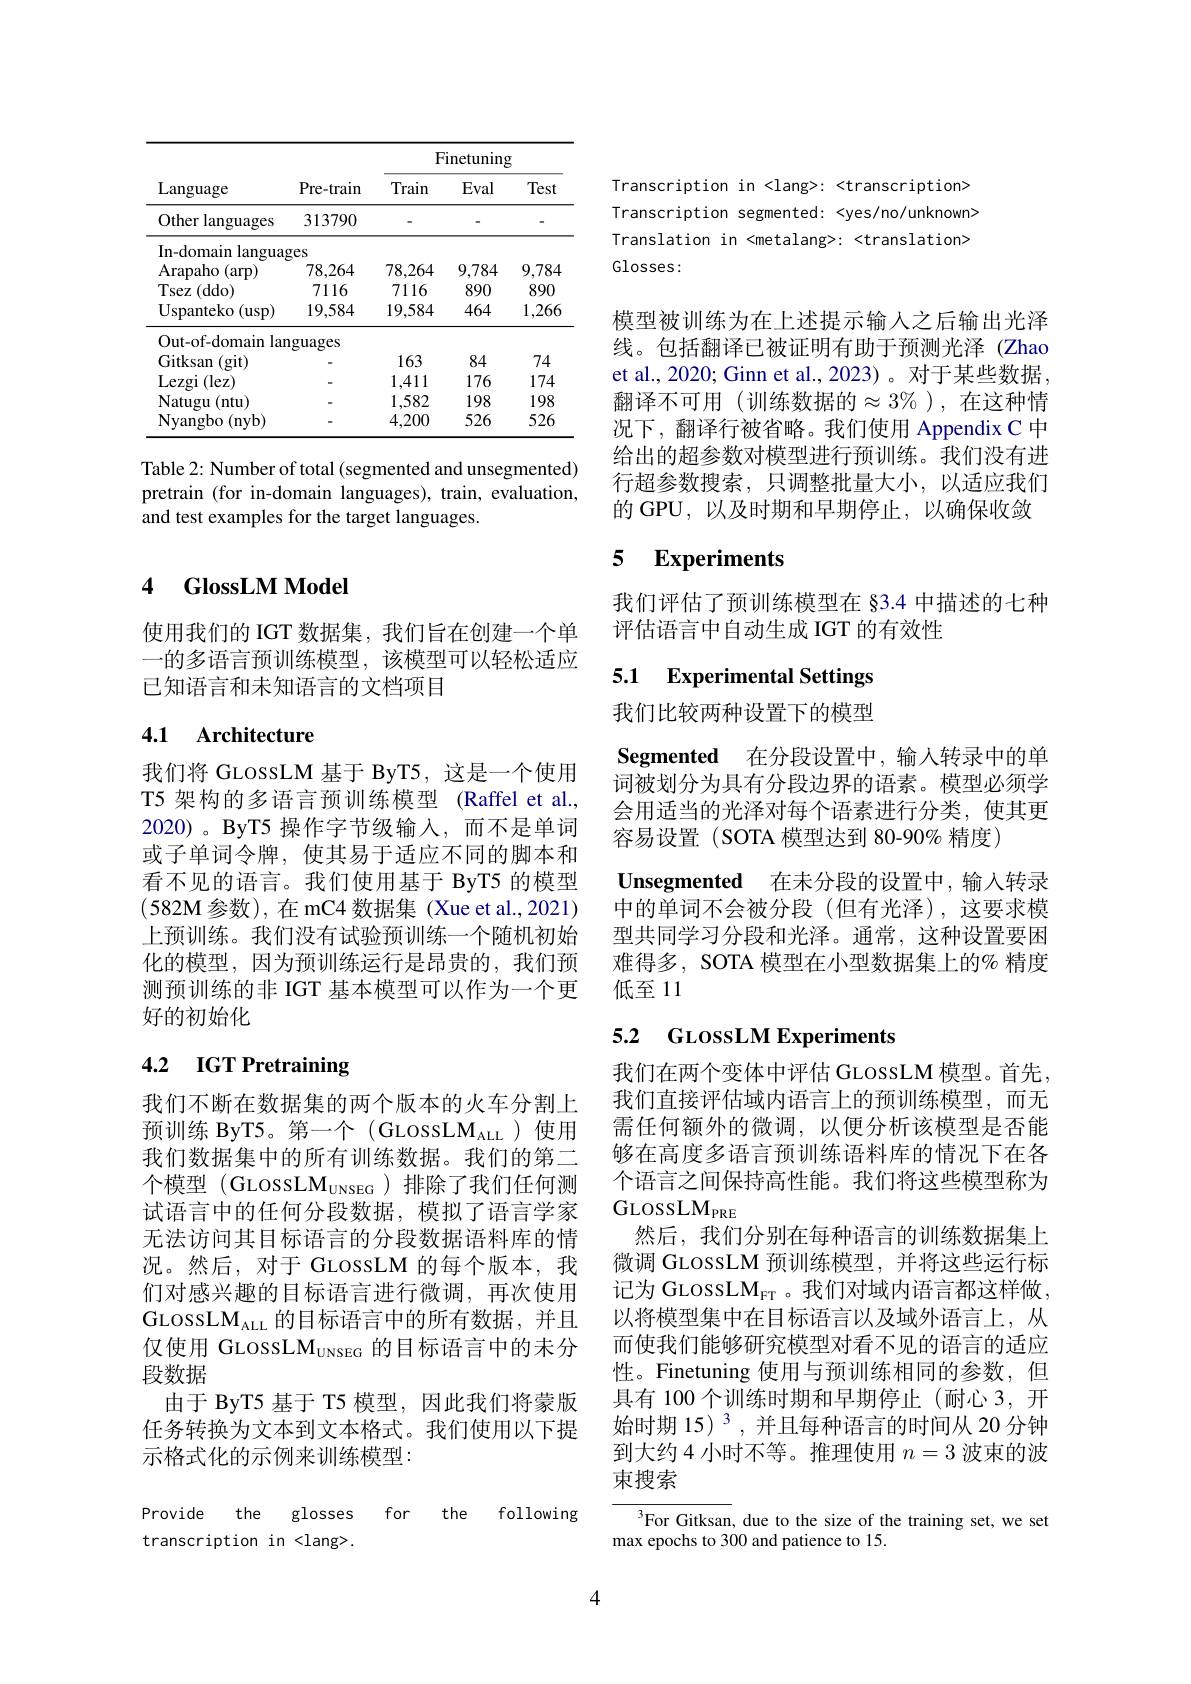
<table>
	<tbody>
		<tr>
			<th rowspan="2">Language</th>
			<th rowspan="2">Pre- train</th>
			<th colspan="3">Finetuning</th>
		</tr>
		<tr>
			<th>Train</th>
			<th>Eval</th>
			<th>Test</th>
		</tr>
		<tr>
			<td>Other languages</td>
			<td>313790</td>
			<td> </td>
			<td> </td>
			<td>-</td>
		</tr>
		<tr>
			<td>In- domain langua</td>
			<td>ges</td>
			<td> </td>
			<td> </td>
			<td> </td>
		</tr>
		<tr>
			<td>Arapaho (arp)</td>
			<td>78,264</td>
			<td>78,264</td>
			<td>9,784</td>
			<td>9,784</td>
		</tr>
		<tr>
			<td>Tsez (ddo)</td>
			<td>7116</td>
			<td>7116</td>
			<td>890</td>
			<td>890</td>
		</tr>
		<tr>
			<td>Uspanteko ( usp) </td>
			<td>19,584</td>
			<td>19,584</td>
			<td>464</td>
			<td>1,266</td>
		</tr>
		<tr>
			<td>Out- of- domain lar</td>
			<td>$\log$uages</td>
			<td> </td>
			<td> </td>
			<td> </td>
		</tr>
		<tr>
			<td>Gitksan (git)</td>
			<td> </td>
			<td>163</td>
			<td>84</td>
			<td>74</td>
		</tr>
		<tr>
			<td>Lezgi (lez)</td>
			<td> </td>
			<td>1,411</td>
			<td>176</td>
			<td>174</td>
		</tr>
		<tr>
			<td>Natugu (ntu</td>
			<td> </td>
			<td>1,582</td>
			<td>198</td>
			<td>198</td>
		</tr>
		<tr>
			<td>Nyangbo (nyb)</td>
			<td> </td>
			<td>4,200</td>
			<td>526</td>
			<td>526</td>
		</tr>
	</tbody>
</table>

Table 2: Number of total (segmented and unsegmented) pretrain (for in-domain languages), train, evaluation, and test examples for the target languages.

### 4 $\mathbf{GlossLMModel}$

使用我们的 IGT 数据集，我们旨在创建一个单一的多语言预训练模型，该模型可以轻松适应已知语言和未知语言的文档项目

## 4.1 Architecture

我们将 GLossLM 基于 ByT5, 这是一个使用T5 架构的多语言预训练模型 (Raffel et al., 2020)。ByT5 操作字节级输入，而不是单词或子单词令牌，使其易于适应不同的脚本和看不见的语言。我们使用基于 ByT5 的模型$(582M$参数),在 mC4 数据集 (Xue et al.,2021) 上预训练。我们没有试验预训练一个随机初始化的模型，因为预训练运行是昂贵的，我们预测预训练的非 IGT 基本模型可以作为一个更好的初始化

# 4.2 IGT Pretraining

我们不断在数据集的两个版本的火车分割上预训练 ByT5。第一个(GLossLM$_\mathrm{ALL}$)使用我们数据集中的所有训练数据。我们的第二个模型 (GLossL$\mathrm M_\mathrm{UNSEG}$ )排除了我们任何测试语言中的任何分段数据，模拟了语言学家无法访问其目标语言的分段数据语料库的情况。然后，对于 GLossLM 的每个版本，我们对感兴趣的目标语言进行微调，再次使用GLossLM$_\mathrm{ALL}$的目标语言中的所有数据，并且仅使用 GLossLM$_\mathrm{UNSEG}$的目标语言中的未分段数据
由于 ByT5 基于 T5 模型，因此我们将蒙版任务转换为文本到文本格式。我们使用以下提示格式化的示例来训练模型：

Provide the glosses
for
the
following
transcription in <lang>.

4

Transcription in <lang>: <transcription> Transcription segmented: <yes/no/unknown> Translation in <metalang>: <translation> Glosses:

模型被训练为在上述提示输人之后输出光泽线。包括翻译已被证明有助于预测光泽(Zhao et al., 2020; Ginn et al., 2023)。对于某些数据， 翻译不可用(训练数据的$\approx3\%$),在这种情况下，翻译行被省略。我们使用 Appendix C 中给出的超参数对模型进行预训练。我们没有进行超参数搜索，只调整批量大小，以适应我们的 GPU,以及时期和早期停止，以确保收敛

## 5 Experiments

我们评估了预训练模型在 §3.4 中描述的七种
评估语言中自动生成 IGT 的有效性

# 5.1 Experimental Settings

我们比较两种设置下的模型

Segmented 在分段设置中，输入转录中的单词被划分为具有分段边界的语素。模型必须学会用适当的光泽对每个语素进行分类，使其更容易设置(SOTA 模型达到 80-90% 精度)

Unsegmented 在未分段的设置中，输入转录中的单词不会被分段(但有光泽),这要求模型共同学习分段和光泽。通常，这种设置要困难得多，SOTA 模型在小型数据集上的% 精度低至11

# 5.2 GLossLM Experiments

我们在两个变体中评估 GLossLM 模型。首先， 我们直接评估域内语言上的预训练模型，而无需任何额外的微调，以便分析该模型是否能够在高度多语言预训练语料库的情况下在各个语言之间保持高性能。我们将这些模型称为GLossLM$_\mathrm{PRE}$
然后，我们分别在每种语言的训练数据集上微调 GLossLM 预训练模型，并将这些运行标记为 GLossLM$_\mathrm{FT}$。我们对域内语言都这样做， 以将模型集中在目标语言以及域外语言上，从而使我们能够研究模型对看不见的语言的适应性。Finetuning 使用与预训练相同的参数，但具有 100 个训练时期和早期停止(耐心 3,开始时期 15)$^{3}$,并且每种语言的时间从 20 分钟到大约 4 小时不等。推理使用$n=3$波束的波束搜索

$^3$For Gitksan, due to the size of the training set, we set
max epochs to 300 and patience to 15.